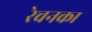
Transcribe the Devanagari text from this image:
रेचनका